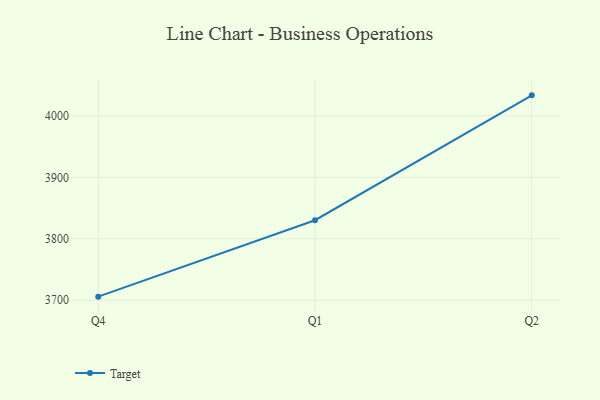
{"axis": {"x": "Quarter", "y": "Market Share (%)"}, "legend": ["Target"], "data": [{"x": "Q4", "y": 3705.8, "type": "Target"}, {"x": "Q1", "y": 3830.2, "type": "Target"}, {"x": "Q2", "y": 4033.5, "type": "Target"}]}